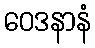
ဝေဒနာနံ